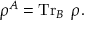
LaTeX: \rho ^ { A } = \operatorname { T r } _ { B } \; \rho .